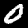
Label: 0